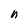
Character: n